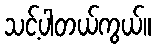
သင့်ပါတယ်ကွယ်။